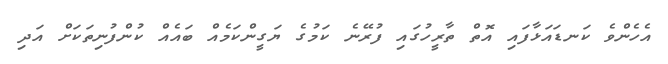
އެހެންވެ ކަނޑައަޅާފައި އޮތް ތާރީހުގައި ފުރޭނެ ކަމުގެ ޔަގީންކަމެއް ބައެއް ކުންފުނިތަކަށް އަދި